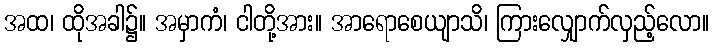
အထ၊ ထိုအခါ၌။ အမှာကံ၊ ငါတို့အား။ အာရောစေယျာသိ၊ ကြားလျှောက်လှည့်လော။